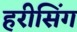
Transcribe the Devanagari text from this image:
हरीसिंग